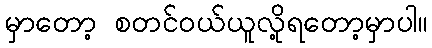
မှာတော့ စတင်၀ယ်ယူလို့ရတော့မှာပါ။